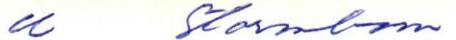
u Stormbom